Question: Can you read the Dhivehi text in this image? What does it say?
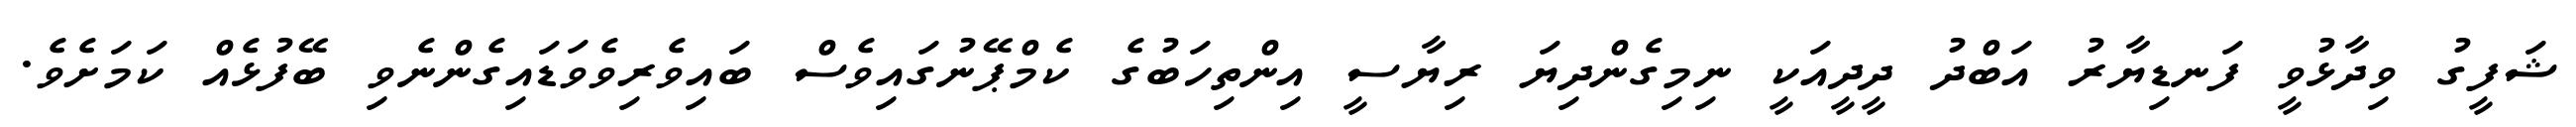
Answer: ޝަފީގު ވިދާޅުވީ ފަނޑިޔާރު އަބްދު ދީދީއަކީ ނިމިގެންދިޔަ ރިޔާސީ އިންތިހަބުގެ ކެމްޕޭނުގައިވެސް ބައިވެރިވެވަޑައިގެންނެވި ބޭފުޅެއް ކަމަށެވެ.